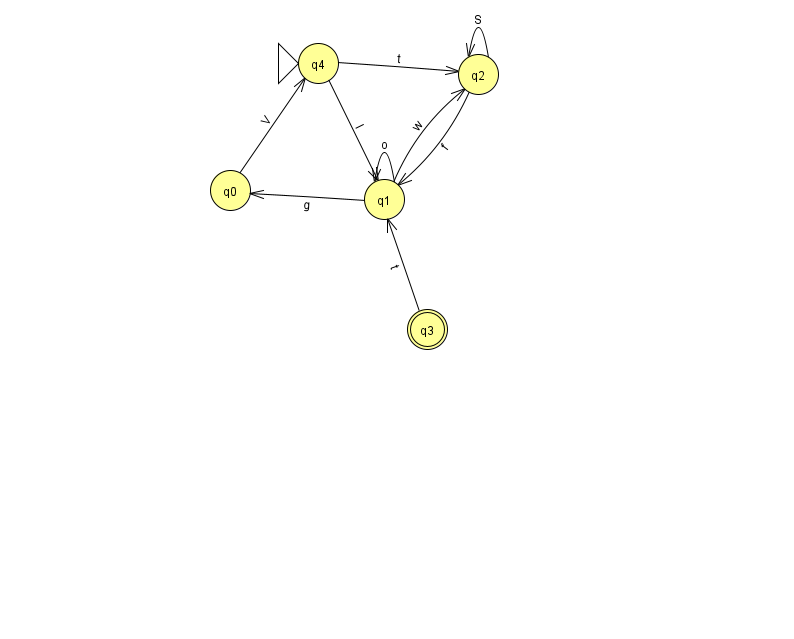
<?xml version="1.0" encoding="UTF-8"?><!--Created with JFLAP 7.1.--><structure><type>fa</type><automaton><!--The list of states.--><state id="0" name="q0"><x>230.0</x><y>177.0</y></state><state id="1" name="q1"><x>384.0</x><y>186.0</y></state><state id="2" name="q2"><x>478.0</x><y>61.0</y></state><state id="3" name="q3"><x>427.0</x><y>316.0</y><final/></state><state id="4" name="q4"><x>318.0</x><y>50.0</y><initial/></state><!--The list of transitions.--><transition><from>0</from><to>4</to><read>V</read></transition><transition><from>2</from><to>2</to><read>S</read></transition><transition><from>4</from><to>1</to><read>l</read></transition><transition><from>4</from><to>2</to><read>t</read></transition><transition><from>1</from><to>0</to><read>g</read></transition><transition><from>3</from><to>1</to><read>t</read></transition><transition><from>1</from><to>2</to><read>w</read></transition><transition><from>1</from><to>1</to><read>o</read></transition><transition><from>2</from><to>1</to><read>f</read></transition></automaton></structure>